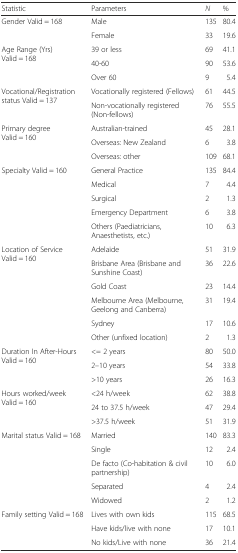
<table><thead><tr><td><b>Statistic</b></td><td><b>Parameters</b></td><td><b><i>N</i></b></td><td><b>%</b></td></tr></thead><tbody><tr><td rowspan="2">Gender Valid = 168</td><td>Male</td><td>135</td><td>80.4</td></tr><tr><td>Female</td><td>33</td><td>19.6</td></tr><tr><td rowspan="3">Age Range (Yrs) Valid = 168</td><td>39 or less</td><td>69</td><td>41.1</td></tr><tr><td>40-60</td><td>90</td><td>53.6</td></tr><tr><td>Over 60</td><td>9</td><td>5.4</td></tr><tr><td rowspan="2">Vocational/Registration status Valid = 137</td><td>Vocationally registered (Fellows)</td><td>61</td><td>44.5</td></tr><tr><td>Non-vocationally registered (Non-fellows)</td><td>76</td><td>55.5</td></tr><tr><td rowspan="3">Primary degree Valid = 160</td><td>Australian-trained</td><td>45</td><td>28.1</td></tr><tr><td>Overseas: New Zealand</td><td>6</td><td>3.8</td></tr><tr><td>Overseas: other</td><td>109</td><td>68.1</td></tr><tr><td rowspan="5">Specialty Valid = 160</td><td>General Practice</td><td>135</td><td>84.4</td></tr><tr><td>Medical</td><td>7</td><td>4.4</td></tr><tr><td>Surgical</td><td>2</td><td>1.3</td></tr><tr><td>Emergency Department</td><td>6</td><td>3.8</td></tr><tr><td>Others (Paediatricians, Anaesthetists, etc.)</td><td>10</td><td>6.3</td></tr><tr><td rowspan="6">Location of Service Valid = 160</td><td>Adelaide</td><td>51</td><td>31.9</td></tr><tr><td>Brisbane Area (Brisbane and Sunshine Coast)</td><td>36</td><td>22.6</td></tr><tr><td>Gold Coast</td><td>23</td><td>14.4</td></tr><tr><td>Melbourne Area (Melbourne, Geelong and Canberra)</td><td>31</td><td>19.4</td></tr><tr><td>Sydney</td><td>17</td><td>10.6</td></tr><tr><td>Other (unfixed location)</td><td>2</td><td>1.3</td></tr><tr><td rowspan="3">Duration In After-Hours Valid = 160</td><td>&lt;= 2 years</td><td>80</td><td>50.0</td></tr><tr><td>2–10 years</td><td>54</td><td>33.8</td></tr><tr><td>&gt;10 years</td><td>26</td><td>16.3</td></tr><tr><td rowspan="3">Hours worked/week Valid = 160</td><td>&lt;24 h/week</td><td>62</td><td>38.8</td></tr><tr><td>24 to 37.5 h/week</td><td>47</td><td>29.4</td></tr><tr><td>&gt;37.5 h/week</td><td>51</td><td>31.9</td></tr><tr><td rowspan="5">Marital status Valid = 168</td><td>Married</td><td>140</td><td>83.3</td></tr><tr><td>Single</td><td>12</td><td>2.4</td></tr><tr><td>De facto (Co-habitation &amp; civil partnership)</td><td>10</td><td>6.0</td></tr><tr><td>Separated</td><td>4</td><td>2.4</td></tr><tr><td>Widowed</td><td>2</td><td>1.2</td></tr><tr><td rowspan="3">Family setting Valid = 168</td><td>Lives with own kids</td><td>115</td><td>68.5</td></tr><tr><td>Have kids/live with none</td><td>17</td><td>10.1</td></tr><tr><td>No kids/Live with none</td><td>36</td><td>21.4</td></tr></tbody></table>